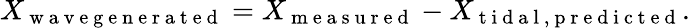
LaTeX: X_{\mathrm{~w~a~v~e~g~e~n~e~r~a~t~e~d~}}=X_{\mathrm{~m~e~a~s~u~r~e~d~}}-X_{\mathrm{~t~i~d~a~l~,~p~r~e~d~i~c~t~e~d~}}.